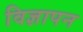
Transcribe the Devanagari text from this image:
विज्ञापन